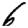
Digit: 6